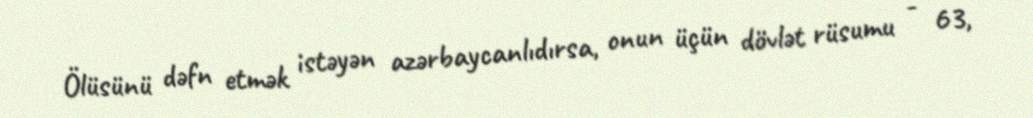
Ölüsünü dəfn etmək istəyən azərbaycanlıdırsa, onun üçün dövlət rüsumu - 63,